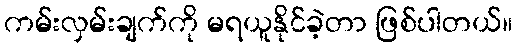
ကမ်းလှမ်းချက်ကို မရယူနိုင်ခဲ့တာ ဖြစ်ပါတယ်။